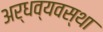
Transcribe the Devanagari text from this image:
अर्धव्यवस्था